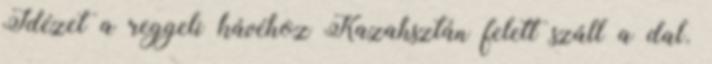
Idézet a reggeli kávéhoz Kazahsztán felett száll a dal.